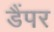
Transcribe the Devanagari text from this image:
डैंपर